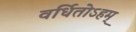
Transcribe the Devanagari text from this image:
वर्धितोऽहम्‌